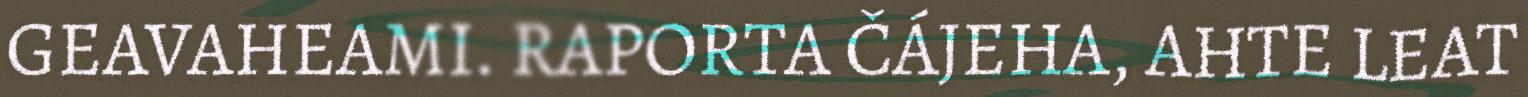
GEAVAHEAMI. RAPORTA ČÁJEHA, AHTE LEAT